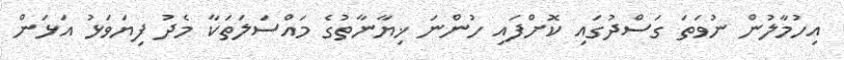
އިހުމާލުން ނުވަތަ ގަސްދުގައި ކޮށްފައި ހުންނަ ޚިޔާނާތުގެ މައްސަލަތަކާ މެދު ފިޔަވަޅު އަޅަން